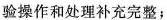
验操作和处理补充完整；